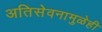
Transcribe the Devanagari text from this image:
अतिसेवनामुळेही